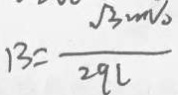
B = \frac { \sqrt { 3 } m v o } { 2 9 L }